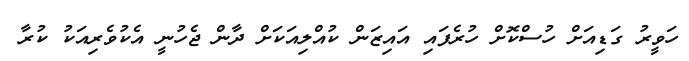
ހަވީރު ގަޑިއަށް ހުސްކޮށް ހުރެފައި އައިޒަން ކުއްލިއަކަށް ދާން ޖެހުނީ އެކުވެރިއަކު ކުރާ